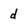
Character: d